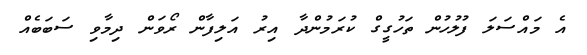
އެ މައްސަލަ ފުލުހުން ތަހުގީގް ކުރަމުންދާ އިރު އަލިފާން ރޯވަން ދިމާވި ސަބަބެއް